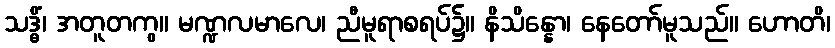
သဒ္ဓိံ၊ အတူတကွ။ မဏ္ဍလမာလေ၊ ညီမူရာစရပ်၌။ နိသိန္နော၊ နေတော်မူသည်။ ဟောတိ၊